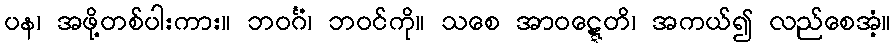
ပန၊ အဖို့တစ်ပါးကား။ ဘဝင်္ဂံ၊ ဘဝင်ကို။ သစေ အာဝဋ္ဋေတိ၊ အကယ်၍ လည်စေအံ့။